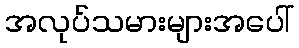
အလုပ်သမားများအပေါ်